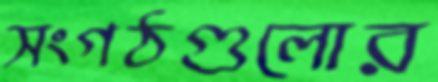
সংগঠগুলোর